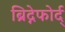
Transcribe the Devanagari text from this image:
ब्रिद्गेफोर्द्